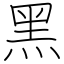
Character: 黑